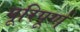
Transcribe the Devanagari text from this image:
पूरिपूर्ण